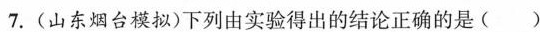
7.(山东烟台模拟)下列由实验得出的结论正确的是()